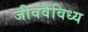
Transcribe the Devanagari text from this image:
जीववैविध्य